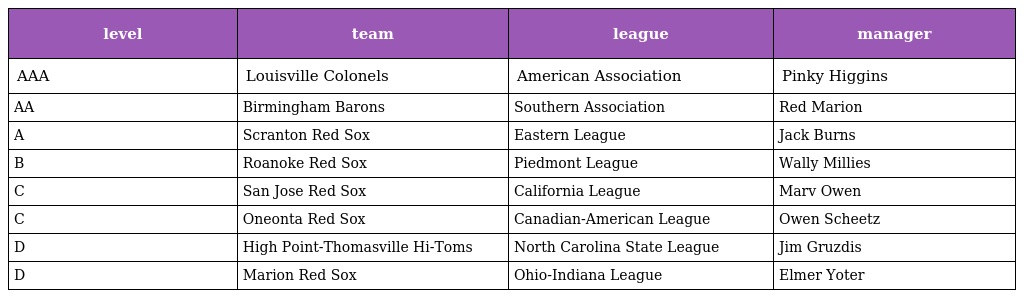
| level | team | league | manager |
 | --- | --- | --- | --- |
 | AAA | Louisville Colonels | American Association | Pinky Higgins |
 | AA | Birmingham Barons | Southern Association | Red Marion |
 | A | Scranton Red Sox | Eastern League | Jack Burns |
 | B | Roanoke Red Sox | Piedmont League | Wally Millies |
 | C | San Jose Red Sox | California League | Marv Owen |
 | C | Oneonta Red Sox | Canadian-American League | Owen Scheetz |
 | D | High Point-Thomasville Hi-Toms | North Carolina State League | Jim Gruzdis |
 | D | Marion Red Sox | Ohio-Indiana League | Elmer Yoter |